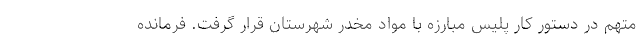
متهم در دستور کار پلیس مبارزه با مواد مخدر شهرستان قرار گرفت. فرمانده